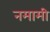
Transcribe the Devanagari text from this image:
नमामी